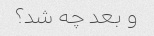
و بعد چه شد؟